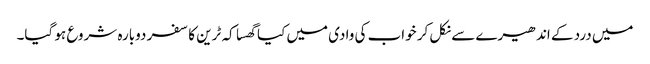
میں درد کے اندھیرے سے نکل کر خواب کی وادی میں کیا گھسا کہ ٹرین کا سفر دوبارہ شروع ہو گیا۔